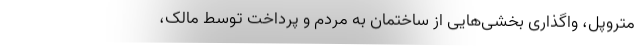
متروپل، واگذاری بخشی‌هایی از ساختمان به مردم و پرداخت توسط مالک،